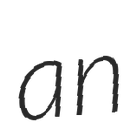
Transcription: an